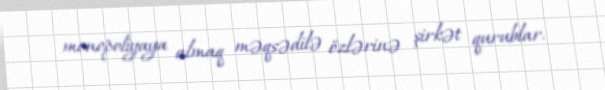
monopoliyaya almaq məqsədilə özlərinə şirkət qurublar.